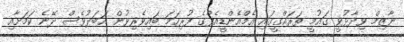
ނާޒިމް ވިދާޅުވީ ގައުމީ ތަރައްގީގައި އެމްއެންޑީއެފްގެ ފުރިހަމަ ބައިވެރިވުން އަބަދުވެސް ދޭނެ ކަމަށާއި